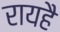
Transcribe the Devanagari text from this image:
रायहै